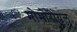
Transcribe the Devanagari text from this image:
मोमोरीयल